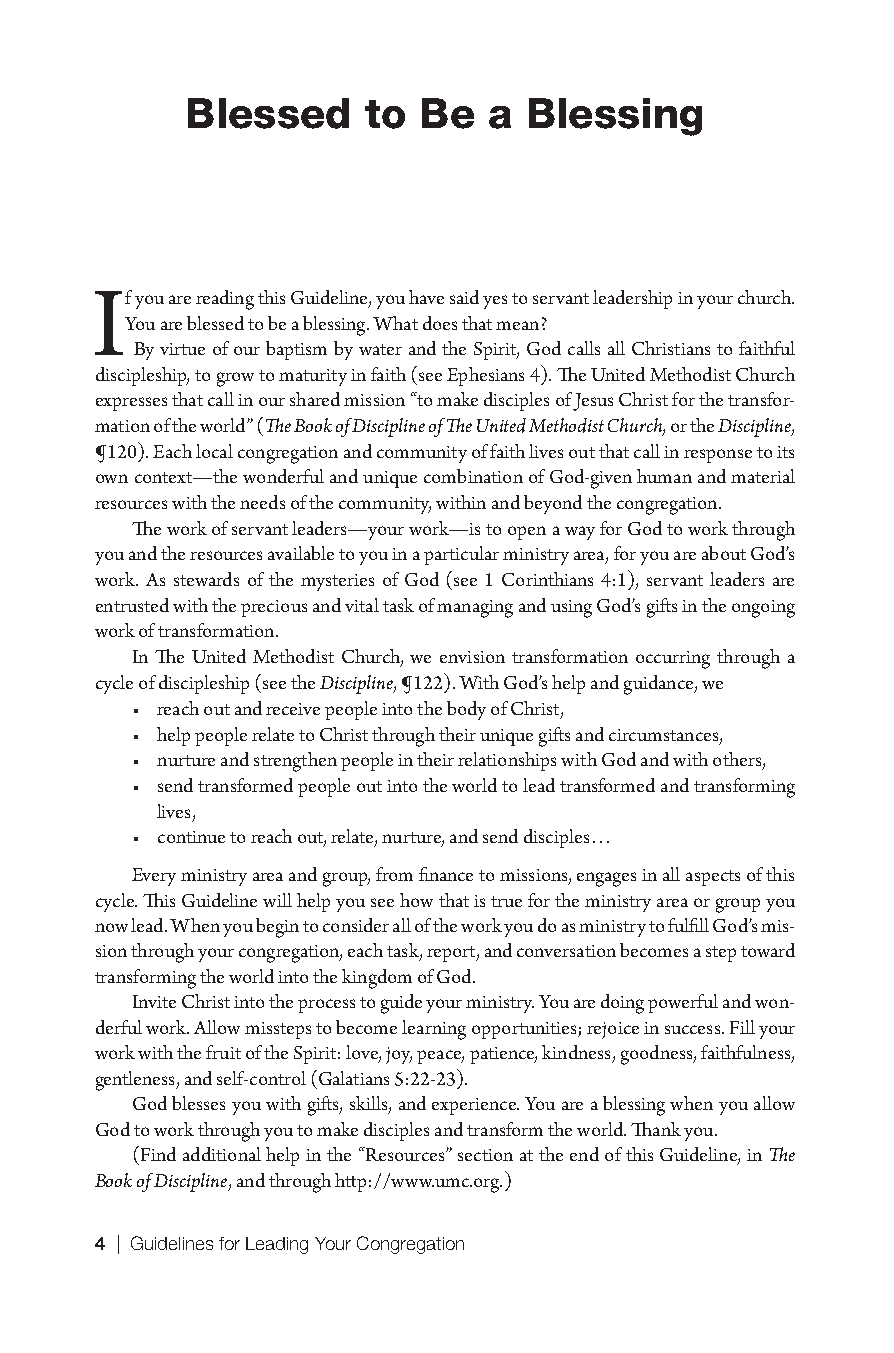
Blessed     to  Be  a  Blessing
 If you are reading this Guideline, you have said yes to servant leadership in your church.
 You are blessed to be a blessing. What does that mean?
 By virtue of our baptism by water and the Spirit, God calls all Christians to faithful
 discipleship, to grow to maturity in faith (see Ephesians 4). The United Methodist Church
 expresses that call in our shared mission “to make disciples of Jesus Christ for the transfor-
 mation of the world” (The Book of Discipline of The United Methodist Church, or the Discipline,
 ¶120). Each local congregation and community of faith lives out that call in response to its
 own context—the wonderful and unique combination of God-given human and material
 resources with the needs of the community, within and beyond the congregation.
 The work of servant leaders—your work—is to open a way for God to work through
 you and the resources available to you in a particular ministry area, for you are about God’s
 work. As stewards of the mysteries of God (see 1 Corinthians 4:1), servant leaders are
 entrusted with the precious and vital task of managing and using God’s gifts in the ongoing
 work of transformation.
 In The United Methodist Church, we envision transformation occurring through a
 cycle of discipleship (see the Discipline, ¶122). With God’s help and guidance, we
 • reach out and receive people into the body of Christ,
 • help people relate to Christ through their unique gifts and circumstances,
 • nurture and strengthen people in their relationships with God and with others,
 • send transformed people out into the world to lead transformed and transforming
 lives,
 • continue to reach out, relate, nurture, and send disciples . . .
 Every ministry area and group, from finance to missions, engages in all aspects of this
 cycle. This Guideline will help you see how that is true for the ministry area or group you
 now lead. When you begin to consider all of the work you do as ministry to fulfill God’s mis-
 sion through your congregation, each task, report, and conversation becomes a step toward
 transforming the world into the kingdom of God.
 Invite Christ into the process to guide your ministry. You are doing powerful and won-
 derful work. Allow missteps to become learning opportunities; rejoice in success. Fill your
 work with the fruit of the Spirit: love, joy, peace, patience, kindness, goodness, faithfulness,
 gentleness, and self-control (Galatians 5:22-23).
 God blesses you with gifts, skills, and experience. You are a blessing when you allow
 God to work through you to make disciples and transform the world. Thank you.
 (Find additional help in the “Resources” section at the end of this Guideline, in The
 Book of Discipline, and through http://www.umc.org.)
 4 | Guidelines for Leading Your Congregation
 9781501830303_INT_layout.indd 4                     8/8/16 9:37 AM